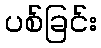
ပစ်ခြင်း